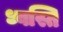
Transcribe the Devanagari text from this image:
ध्वस्ति